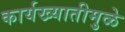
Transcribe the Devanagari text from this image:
कार्यख्यातीमुळे